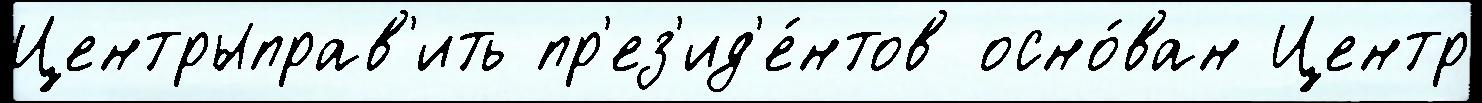
Центрыправ'ить пр'ез'ид'е́нтов осно́ван Центр